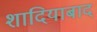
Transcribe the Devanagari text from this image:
शादियाबाद